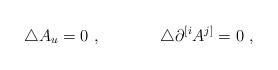
LaTeX: \begin{align*}\triangle A_u = 0\ , \hskip 1.5truecm \triangle\partial^{[i}A^{j]} =0\ ,\end{align*}